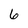
Character: 6